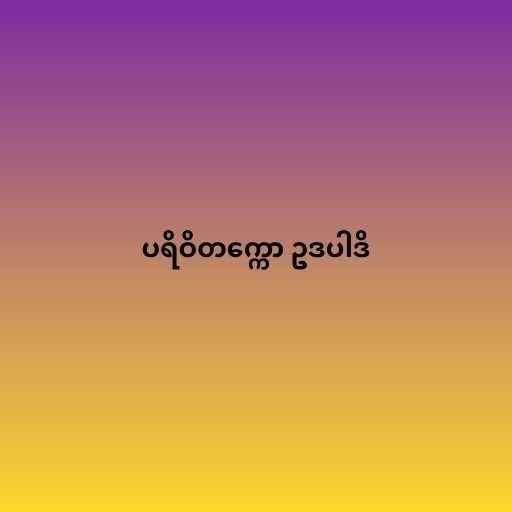
ပရိဝိတက္ကော ဥဒပါဒိ